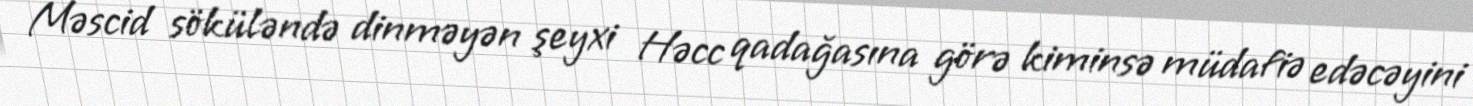
Məscid söküləndə dinməyən şeyxi Həcc qadağasına görə kiminsə müdafiə edəcəyini